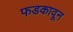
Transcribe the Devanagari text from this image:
फडकावून